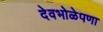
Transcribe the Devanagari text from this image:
देवभोळेपणा